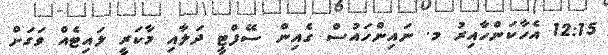
12:15 އެހާކަންހާއިރު މ. ނައިންހައުސް ގެއިން ސޭފްޓީ ދަލާއި މާކަރީ ލައިޓެއް ވަގަށް